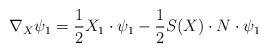
LaTeX: \begin{align*}\nabla_X\psi_1=\frac{1}{2}X_1\cdot\psi_1-\frac{1}{2}S(X)\cdot N\cdot\psi_1\end{align*}